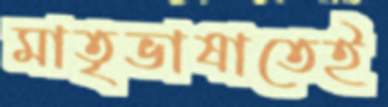
মাতৃভাষাতেই